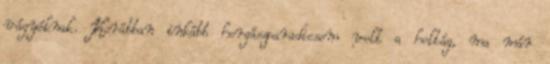
vágyóknak. Korábban inkább horgászparadicsom volt a holtág, ma már